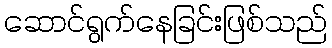
ဆောင်ရွက်နေခြင်းဖြစ်သည်